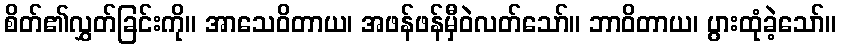
စိတ်၏လွှတ်ခြင်းကို။ အာသေဝိတာယ၊ အဖန်ဖန်မှီဝဲလတ်သော်။ ဘာဝိတာယ၊ ပွားထုံခဲ့သော်။